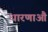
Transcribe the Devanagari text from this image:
धारणाऔ